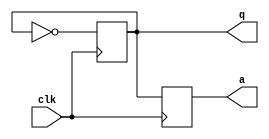
module serial (q, a, clk);

output q,a;
input clk;
reg q,a;

always @(negedge clk ) begin
    q = ~q;
    a = ~q;
    /*
    a = ~q;
    q = ~q; 
    */    
end

    
endmodule